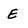
Character: E